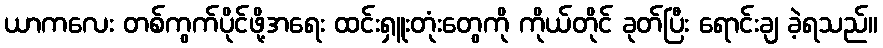
ယာကလေး တစ်ကွက်ပိုင်ဖို့အရေး ထင်းရှူးတုံးတွေကို ကိုယ်တိုင် ခုတ်ပြီး ရောင်းချ ခဲ့ရသည်။